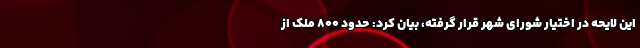
این لایحه در اختیار شورای شهر قرار گرفته، بیان کرد: حدود ۸۰۰ ملک از